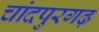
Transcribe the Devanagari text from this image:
चांदपुरगढ़